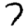
Digit: 7